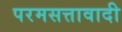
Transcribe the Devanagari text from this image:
परमसत्तावादी